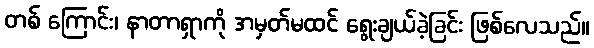
တစ် ကြောင်း၊ နာတာရှာကို အမှတ်မထင် ရွေးချယ်ခဲ့ခြင်း ဖြစ်လေသည်။